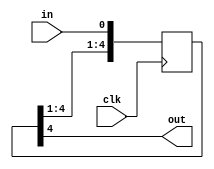
/*
   This file was generated automatically by Alchitry Labs version 1.2.1.
   Do not edit this file directly. Instead edit the original Lucid source.
   This is a temporary file and any changes made to it will be destroyed.
*/

/*
   Parameters:
     DELAY_CYCLE_COUNT = PIPELINE_CYCLE_COUNT
*/
module input_pipeline_30 (
    input clk,
    input in,
    output reg out
  );
  
  localparam DELAY_CYCLE_COUNT = 3'h5;
  
  
  reg [4:0] M_pipe_d, M_pipe_q = 1'h0;
  
  integer i;
  
  always @* begin
    M_pipe_d = M_pipe_q;
    
    M_pipe_d[0+0-:1] = in;
    for (i = 1'h1; i < 3'h5; i = i + 1) begin
      M_pipe_d[(i)*1+0-:1] = M_pipe_q[(i - 1'h1)*1+0-:1];
    end
    out = M_pipe_q[4+0-:1];
  end
  
  always @(posedge clk) begin
    M_pipe_q <= M_pipe_d;
  end
  
endmodule